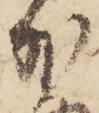
外